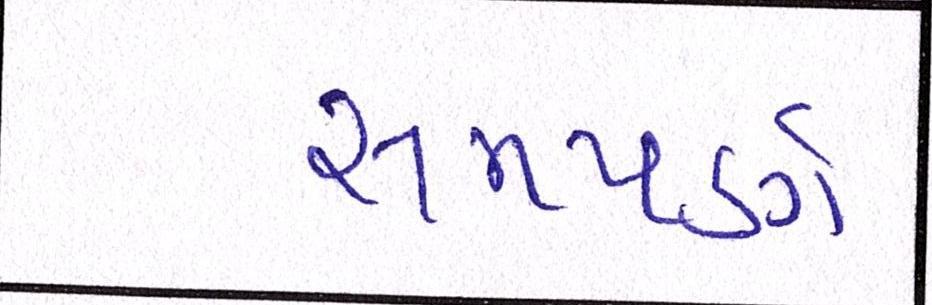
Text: સમપર્ણ